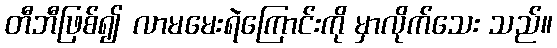
တီဘီဖြစ်၍ လာမမေးရဲကြောင်းကို မှာလိုက်သေး သည်။